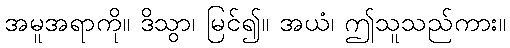
အမူအရာကို။ ဒိသွာ၊ မြင်၍။ အယံ၊ ဤသူသည်ကား။